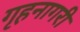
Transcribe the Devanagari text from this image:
गृहनागरी